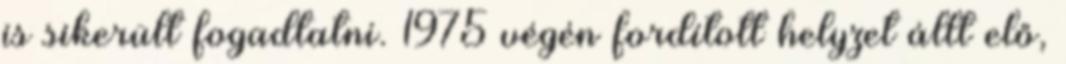
is sikerült fogadtatni. 1975 végén fordított helyzet állt elő,